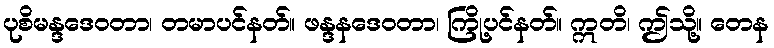
ပုစိမန္ဒဒေဝတာ၊ တမာပင်နတ်။ ဖန္ဒနဒေဝတာ၊ ကြို့ပင်နတ်။ ဣတိ၊ ဤသို့။ တေန